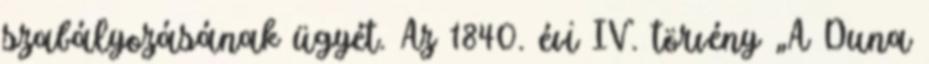
szabályozásának ügyét. Az 1840. évi IV. törvény „A Duna